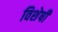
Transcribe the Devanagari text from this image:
विशेषीं